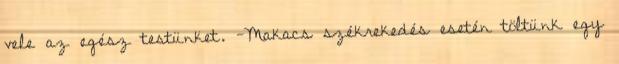
vele az egész testünket. -Makacs székrekedés esetén töltünk egy